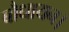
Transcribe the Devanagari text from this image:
बौधायन।